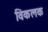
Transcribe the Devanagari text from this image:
विकलक